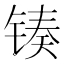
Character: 𬭟